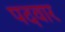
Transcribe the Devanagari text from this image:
पदवार